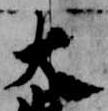
大